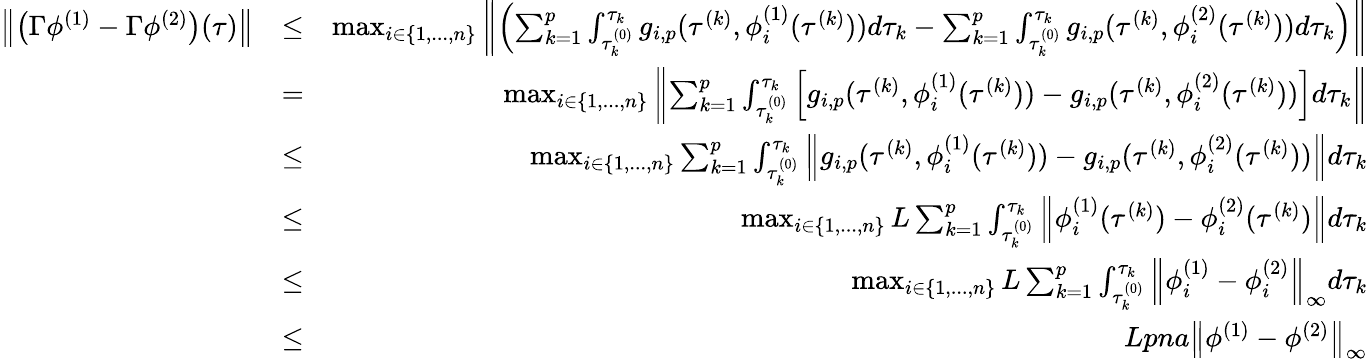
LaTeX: \begin{array}{rlr}{\left\| \left(\Gamma\phi^{(1)}-\Gamma\phi^{(2)}\right)(\tau)\right\| }&{\leq}&{\operatorname*{max}_{i\in\{ 1,...,n\} }\left\| \left(\sum_{k=1}^{p}\int_{\tau_{k}^{(0)}}^{\tau_{k}}g_{i,p}(\tau^{(k)},\phi_{i}^{(1)}(\tau^{(k)}))d\tau_{k}-\sum_{k=1}^{p}\int_{\tau_{k}^{(0)}}^{\tau_{k}}g_{i,p}(\tau^{(k)},\phi_{i}^{(2)}(\tau^{(k)}))d\tau_{k}\right)\right\| }\\ &{=}&{\operatorname*{max}_{i\in\{ 1,...,n\} }\left\| \sum_{k=1}^{p}\int_{\tau_{k}^{(0)}}^{\tau_{k}}\left[g_{i,p}(\tau^{(k)},\phi_{i}^{(1)}(\tau^{(k)}))-g_{i,p}(\tau^{(k)},\phi_{i}^{(2)}(\tau^{(k)}))\right]d\tau_{k}\right\| }\\ &{\leq}&{\operatorname*{max}_{i\in\{ 1,...,n\} }\sum_{k=1}^{p}\int_{\tau_{k}^{(0)}}^{\tau_{k}}\left\| g_{i,p}(\tau^{(k)},\phi_{i}^{(1)}(\tau^{(k)}))-g_{i,p}(\tau^{(k)},\phi_{i}^{(2)}(\tau^{(k)}))\right\| d\tau_{k}}\\ &{\leq}&{\operatorname*{max}_{i\in\{ 1,...,n\} }L\sum_{k=1}^{p}\int_{\tau_{k}^{(0)}}^{\tau_{k}}\left\| \phi_{i}^{(1)}(\tau^{(k)})-\phi_{i}^{(2)}(\tau^{(k)})\right\| d\tau_{k}}\\ &{\leq}&{\operatorname*{max}_{i\in\{ 1,...,n\} }L\sum_{k=1}^{p}\int_{\tau_{k}^{(0)}}^{\tau_{k}}\left\| \phi_{i}^{(1)}-\phi_{i}^{(2)}\right\| _{\infty}d\tau_{k}}\\ &{\leq}&{Lpna\left\| \phi^{(1)}-\phi^{(2)}\right\| _{\infty}}\end{array}